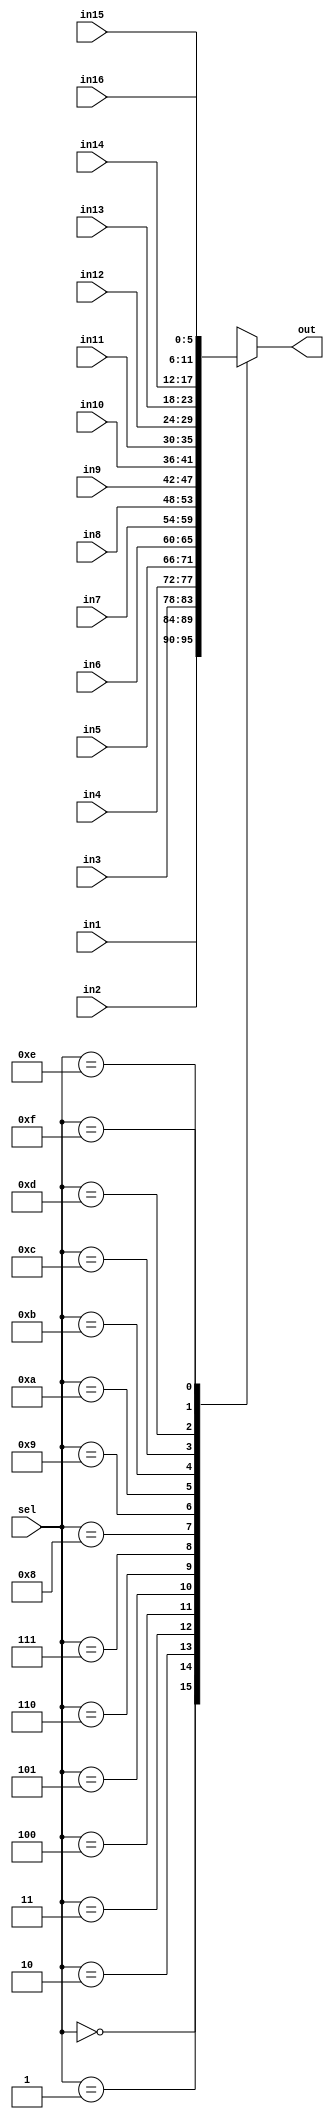
module multiplexer (in1, in2, in3, in4, in5, in6, in7, in8, in9, in10, in11, in12, in13, in14, in15, in16, sel, out);
    input[5:0] in1;
    input[5:0] in2;
    input[5:0] in3;
    input[5:0] in4;
    input[5:0] in5;
    input[5:0] in6;
    input[5:0] in7;
    input[5:0] in8;
    input[5:0] in9;
    input[5:0] in10;
    input[5:0] in11;
    input[5:0] in12;
    input[5:0] in13;
    input[5:0] in14;
    input[5:0] in15;
    input[5:0] in16;
    input[3:0] sel;
    output[5:0] out;
    reg[5:0] out;
    
    
    always @(in1, in2, in3, in4, in5, in6, in7, in8, in9, in10, in11, in12, in13, in14, in15, in16, sel)
    begin 
    case(sel)
        4'b0000: out = in1;
        4'b0001: out = in2;
        4'b0010: out = in3;
        4'b0011: out = in4;
        4'b0100: out = in5;
        4'b0101: out = in6;
        4'b0110: out = in7;
        4'b0111: out = in8;
        4'b1000: out = in9;
        4'b1001: out = in10;
        4'b1010: out = in11;
        4'b1011: out = in12;
        4'b1100: out = in13;
        4'b1101: out = in14;
        4'b1110: out = in15;
        4'b1111: out = in16;
        default: out = 0;
    endcase
    end
endmodule